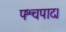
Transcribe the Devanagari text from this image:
पश्चपाद।